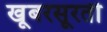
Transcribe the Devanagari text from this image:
खूबरसूरती